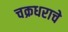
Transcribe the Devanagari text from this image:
चक्रधराचे